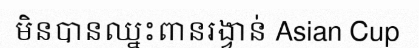
មិនបានឈ្នះពានរង្វាន់ Asian Cup